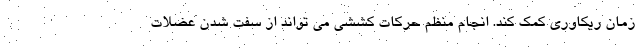
زمان ریکاوری کمک کند. انجام منظم حرکات کششی می تواند از سفت شدن عضلات